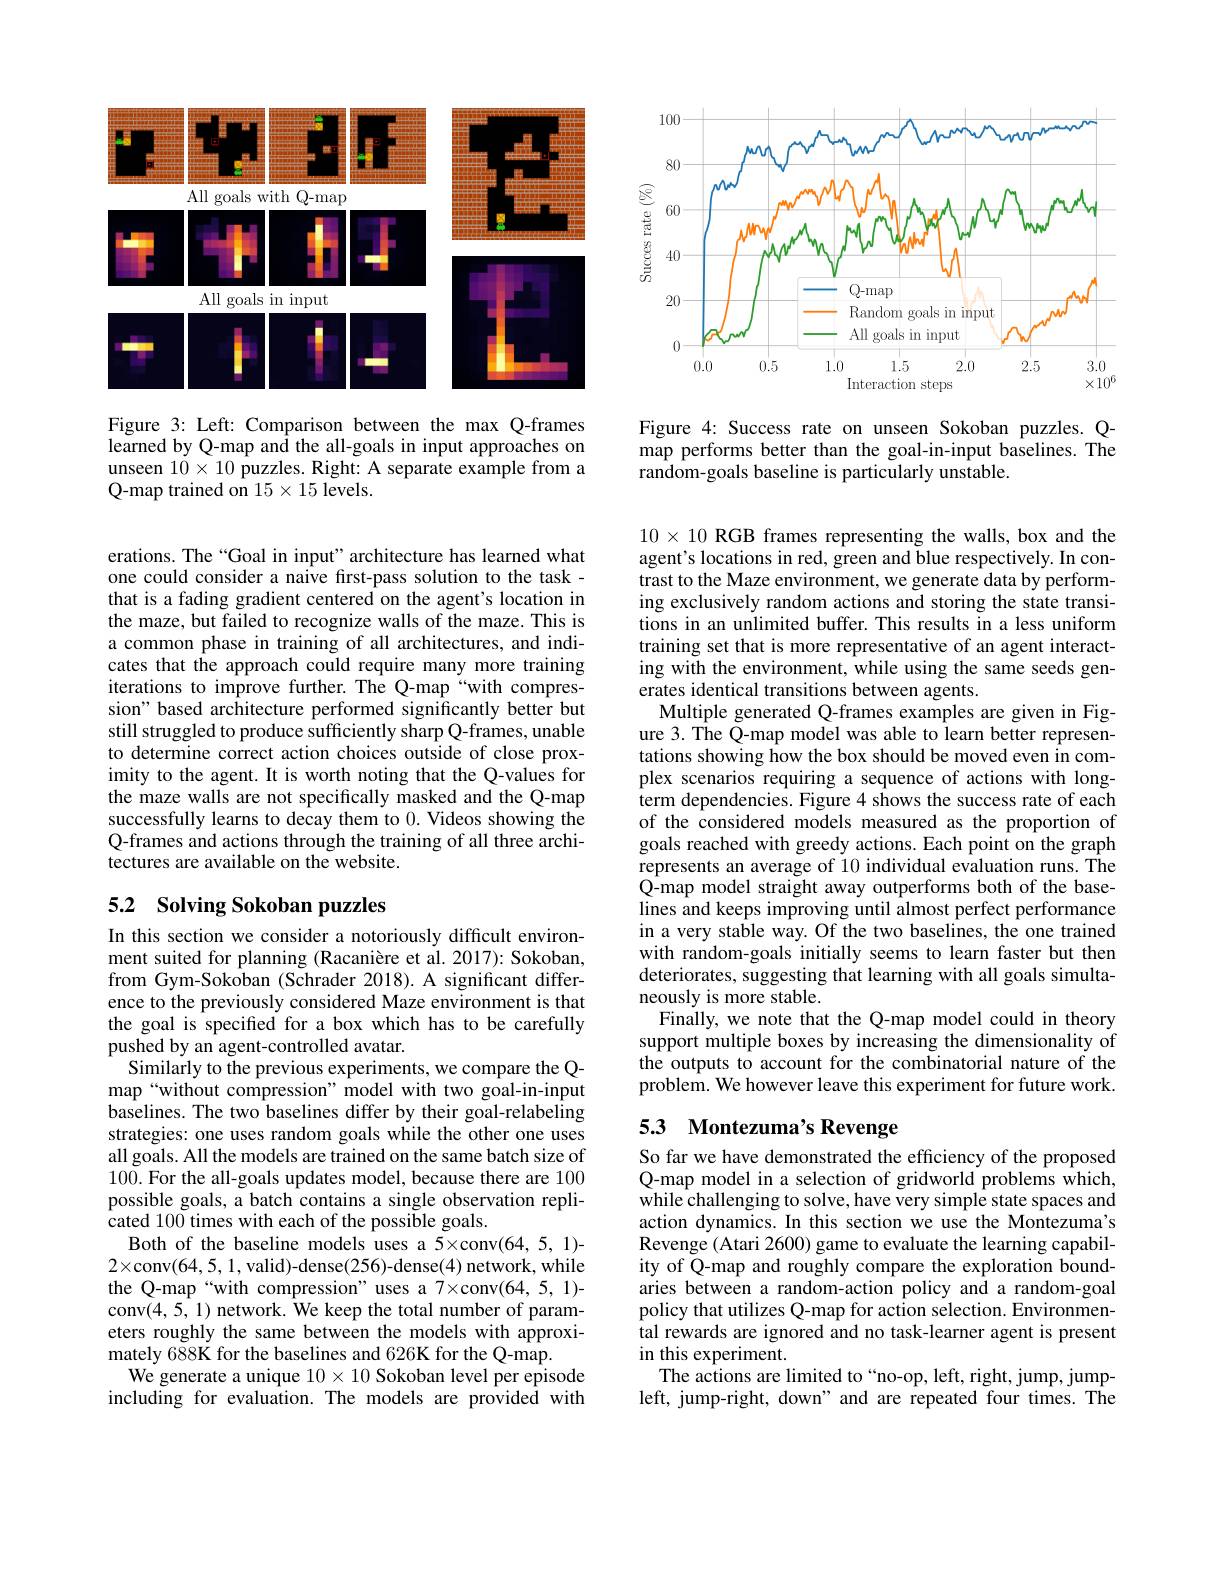
<FigureHere>

Figure 3: Left: Comparison between the max Q-frames learned by Q-map and the all-goals in input approaches on unseen $10\times10$ puzzles. Right: A separate example from a Q-map trained on $15\times15$ levels.

erations. The“Goal in input”architecture has learned what one could consider a naive fırst-pass solution to the task - that is a fading gradient centered on the agent's location in the maze, but failed to recognize walls of the maze. This is a common phase in training of all architectures, and indicates that the approach could require many more training iterations to improve further. The Q-map“with compression" based architecture performed significantly better but still struggled to produce sufficiently sharp Q-frames, unable to determine correct action choices outside of close proximity to the agent. It is worth noting that the Q-values for the maze walls are not specifically masked and the Q-map successfully learns to decay them to 0. Videos showing the Q-frames and actions through the training of all three architectures are available on the website.

## 5.2 Solving Sokoban puzzles

In this section we consider a notoriously difficult environment suited for planning (Racanière et al. 2017): Sokoban, from Gym-Sokoban (Schrader 2018).A significant difference to the previously considered Maze environment is that the goal is specified for a box which has to be carefully pushed by an agent-controlled avatar.
Similarly to the previous experiments, we compare the Qmap“without compression” model with two goal-in-input baselines. The two baselines differ by their goal-relabeling strategies: one uses random goals while the other one uses all goals. All the models are trained on the same batch size of 100. For the all-goals updates model, because there are 100 possible goals, a batch contains a single observation replicated 100 times with each of the possible goals.
Both of the baseline models uses a 5×conv(64,5,1)- $2\times$conv(64,5,1,valid)-dense(256)-dense(4) network, while the Q-map“with compression”uses a 7×conv(64,5,1)- conv(4,5,1) network. We keep the total number of parameters roughly the same between the models with approximately 688K for the baselines and 626K for the Q-map.
We generate a unique $10\times10$ Sokoban level per episode including for evaluation. The models are provided with

<FigureHere>

Figure 4: Success rate on unseen Sokoban puzzles. Qmap performs better than the goal-in-input baselines. The random-goals baseline is particularly unstable.

$10\times 10\textbf{ RGB frames representing the walls, box and the}$ agent's locations in red, green and blue respectively. In contrast to the Maze environment, we generate data by performing exclusively random actions and storing the state transitions in an unlimited buffer. This results in a less uniform training set that is more representative of an agent interacting with the environment, while using the same seeds generates identical transitions between agents.
Multiple generated Q-frames examples are given in Figure 3. The Q-map model was able to learn better representations showing how the box should be moved even in complex scenarios requiring a sequence of actions with longterm dependencies. Figure 4 shows the success rate of each of the considered models measured as the proportion of goals reached with greedy actions. Each point on the graph represents an average of 10 individual evaluation runs. The Q-map model straight away outperforms both of the baselines and keeps improving until almost perfect performance in a very stable way. Of the two baselines, the one trained with random-goals initially seems to learn faster but then deteriorates, suggesting that learning with all goals simultaneously is more stable.
Finally, we note that the Q-map model could in theory support multiple boxes by increasing the dimensionality of the outputs to account for the combinatorial nature of the problem. We however leave this experiment for future work.

# 53 Montezuma's Revenge

So far we have demonstrated the efficiency of the proposed Q-map model in a selection of gridworld problems which, while challenging to solve, have very simple state spaces and action dynamics. In this section we use the Montezuma's Revenge (Atari 2600) game to evaluate the learning capability of Q-map and roughly compare the exploration boundaries between a random-action policy and a random-goal policy that utilizes Q-map for action selection. Environmental rewards are ignored and no task-learner agent is present in this experiment.
The actions are limited to“no-op, left, right, jump, jumpleft, jump-right, down" and are repeated four times. The